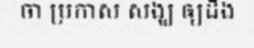
ចា ប្រកាស សង្ឃ ឲ្យដឹង